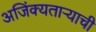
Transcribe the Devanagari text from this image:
अजिंक्‍यतार्‍याची